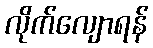
လိုက်လျောရန်